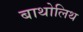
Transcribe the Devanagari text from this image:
बाथोलिथ